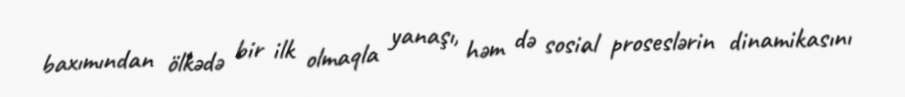
baxımından ölkədə bir ilk olmaqla yanaşı, həm də sosial proseslərin dinamikasını